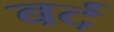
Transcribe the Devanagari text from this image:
बर्द